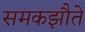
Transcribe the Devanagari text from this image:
समकझौते